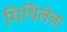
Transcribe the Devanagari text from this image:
मिथिलेला